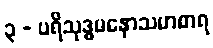
၃ - ပရိသုဒ္ဓမနောသမာစာရ